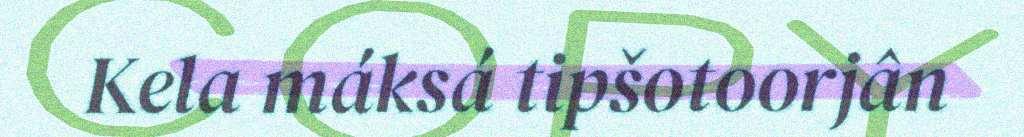
Kela máksá tipšotoorjân